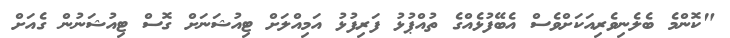
"ކޮންމެ ބެލެނިވެރިއަކަށްވެސް އެބޭފުޅެއްގެ ތުއްޕުޅު ފަރިފުޅު އަމިއްލަށް ޓިއުޝަނަށް ގޮސް ޓިއުޝަނުން ގެއަށް